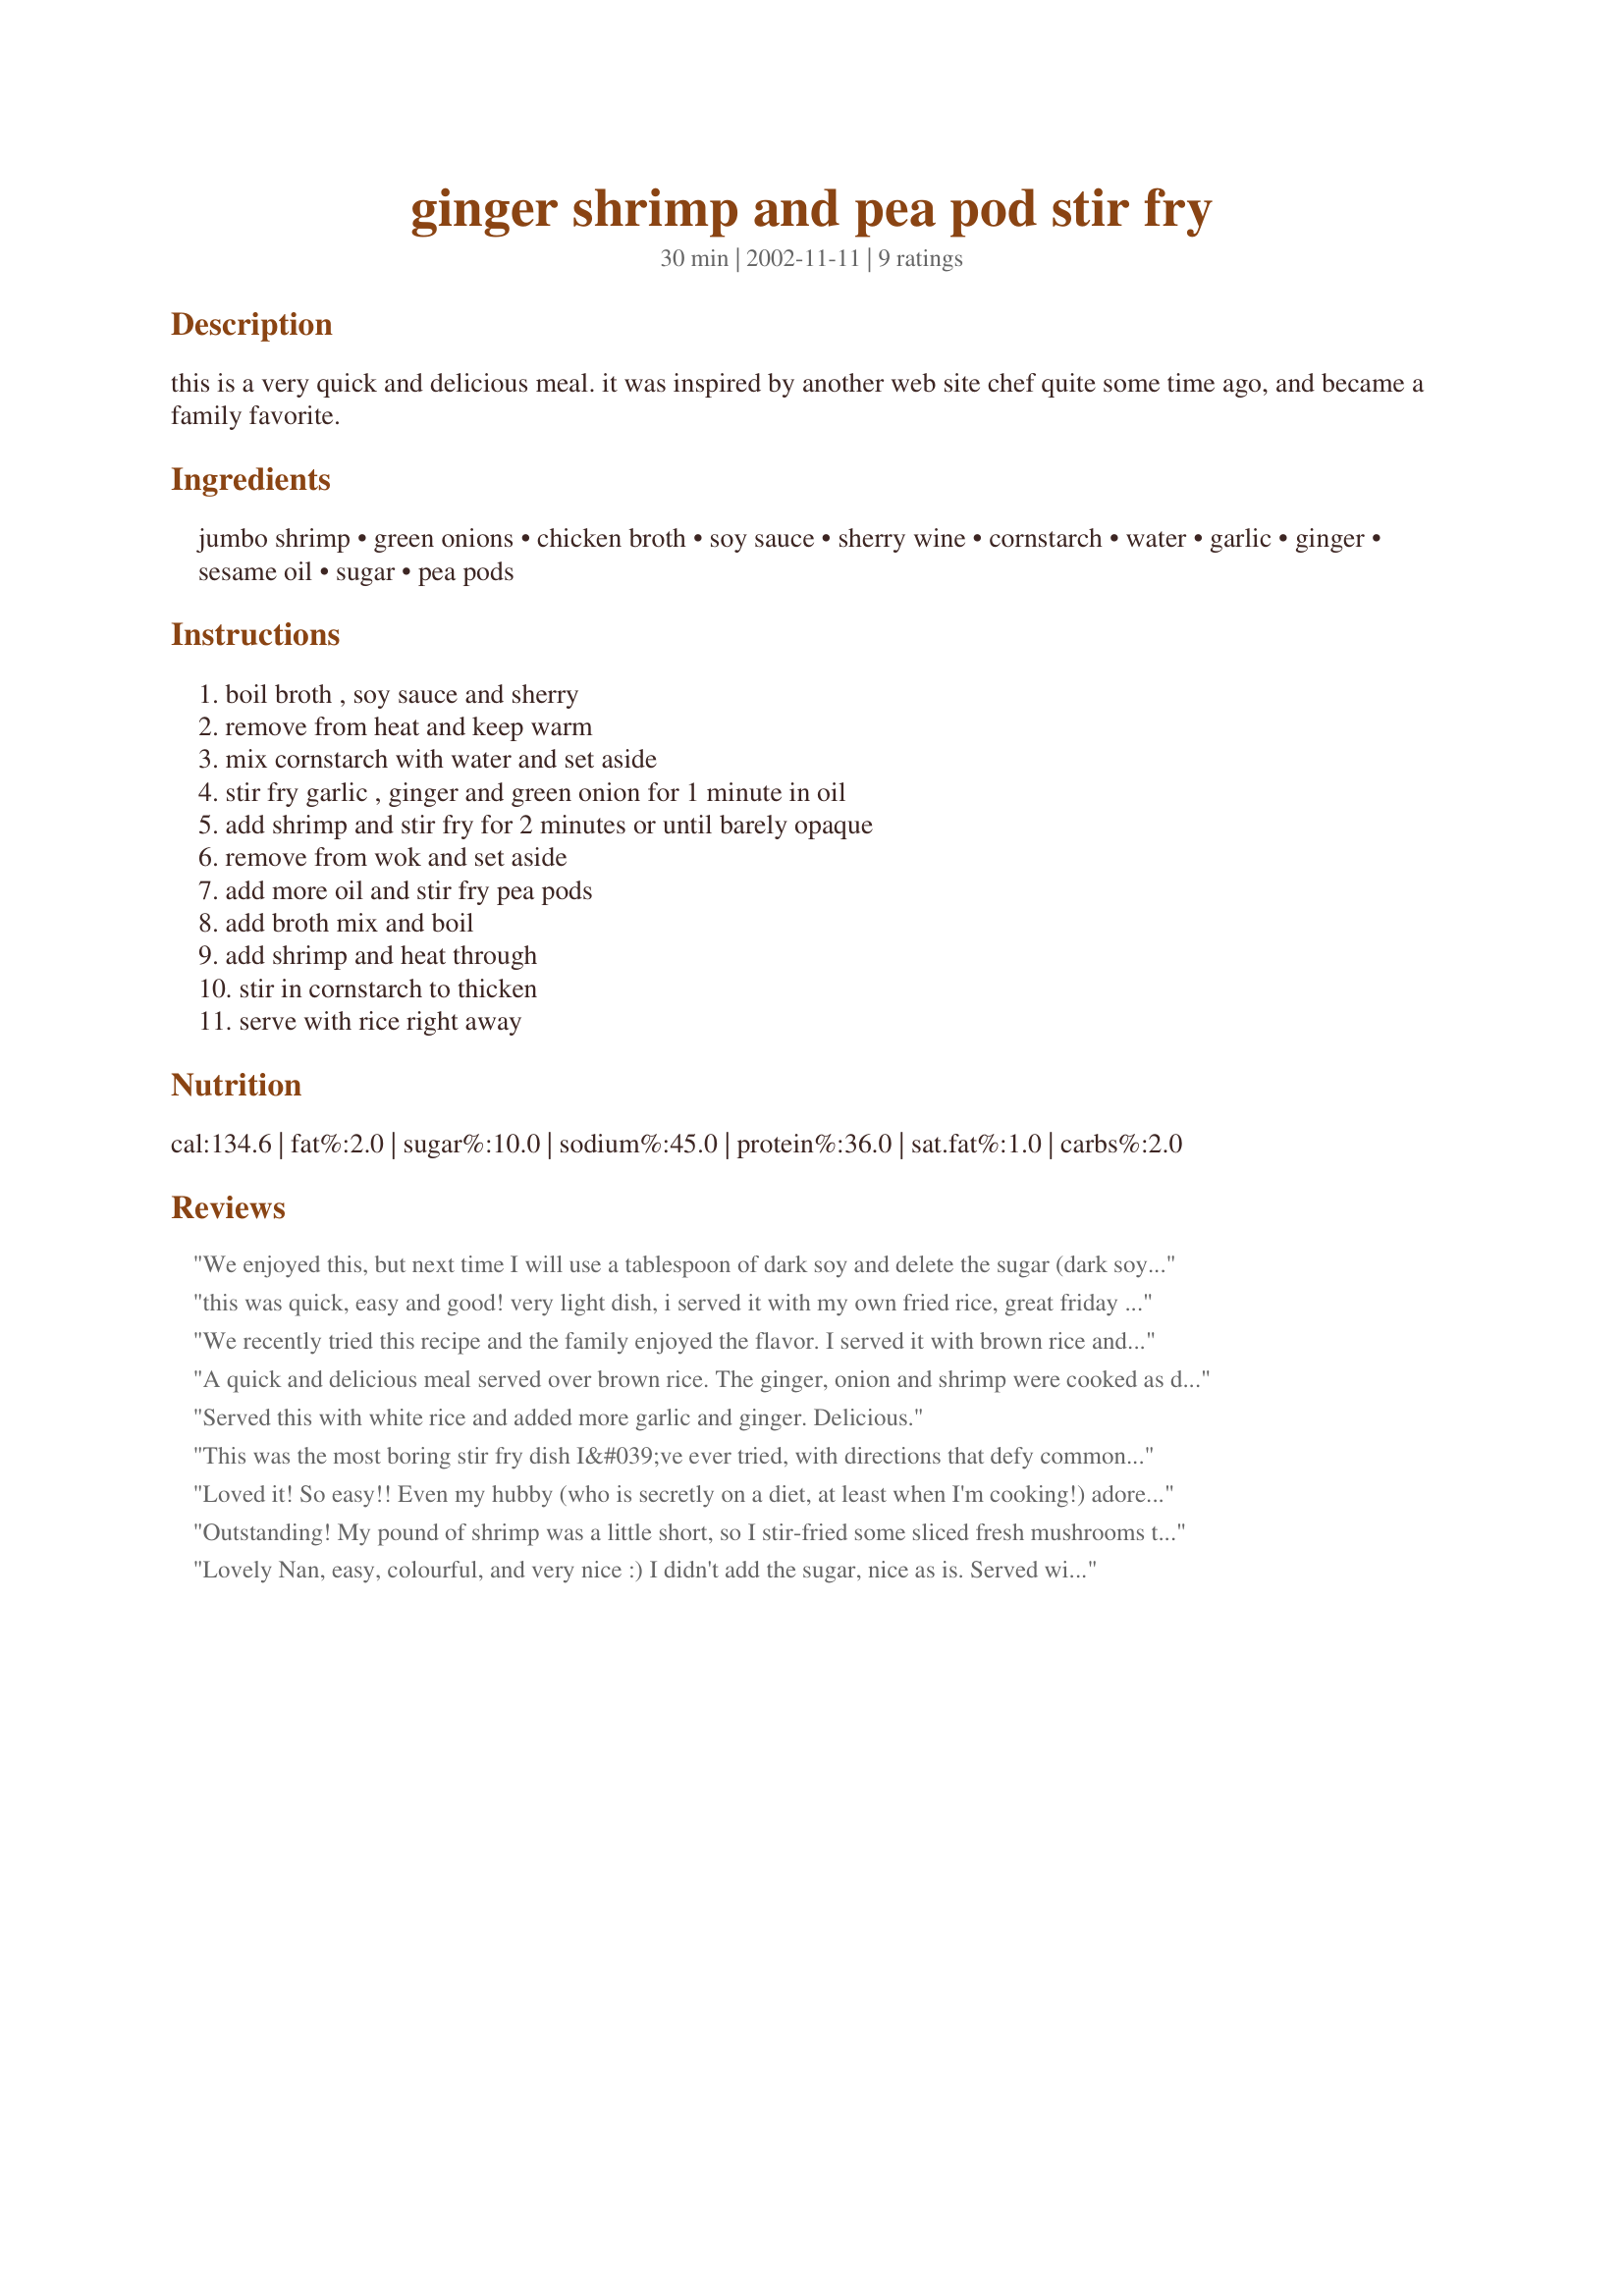
ginger shrimp and pea pod stir fry
Preparation time: 30 minutes

this is a very quick and delicious meal. it was inspired by another web site chef quite some time ago, and became a family favorite.

Ingredients:
jumbo shrimp, green onions, chicken broth, soy sauce, sherry wine, cornstarch, water, garlic, ginger, sesame oil, sugar, pea pods

Steps:
boil broth , soy sauce and sherry, remove from heat and keep warm, mix cornstarch with water and set aside, stir fry garlic , ginger and green onion for 1 minute in oil, add shrimp and stir fry for 2 minutes or until barely opaque, remove from wok and set aside, add more oil and stir fry pea pods, add broth mix and boil, add shrimp and heat through, stir in cornstarch to thicken, serve with rice right away

Reviews:
We enjoyed this, but next time I will use a tablespoon of dark soy and delete the sugar (dark soy has sugar in it) I think this will give it just the bit more flavour we crave. I used a bit more ginger & garlic, but it still wasn't quite enough for us. I heated tje broth soy mixture in the micro. Stir fried the prawns for a minute, then added the veg, and stir fried together, one less step, I also had some leftover bean sprouts which I added. Good everyday dinner.
this was quick, easy and good! very light dish, i served it with my own fried rice, great friday night dinner
We recently tried this recipe and the family enjoyed the flavor. I served it with brown rice and it made for a nice meal. I think in the future I'll try a few shortcuts as others have suggested, sounds easier and with fewer dishes than to keep removing items from the pan.
A quick and delicious meal served over brown rice. The ginger, onion and shrimp were cooked as directed. Once done the shrimp were removed from the pan and the chicken stock brought to a boil and then removed. The pea pods were sugar snap peas as that is what I had on hand. I find sesame oil a little strong by itself. A touch of sesame oil was used in conjunction with olive oil. Made for ZWT 8.
Served this with white rice and added more garlic and ginger. Delicious.
This was the most boring stir fry dish I&#039;ve ever tried, with directions that defy common sense. One should not use sesame oil for the frying medium - a small amount for flavor, perhaps, but peanut oil would be the preferred oil for stir-frying. Way too much water/cornstarch to thicken the sauce. A much smaller amount would have done the trick. I minced the garlic &amp; ginger, adding more than called for, added a bit of chili sauce, and used mushroom soy for depth of flavor. Still, the dish lacked a distinctive flavor and was swimming in way too much sauce. Would never make it again.
Loved it! So easy!! Even my hubby (who is secretly on a diet, at least when I'm cooking!) adored it! Next time I'll pump up the flavor with a little more ginger and garlic, but it was delicious as it was!
Outstanding! My pound of shrimp was a little short, so I stir-fried some sliced fresh mushrooms to compensate--that added nicely! I have a hard time getting snow peas stir-fried to my satisfaction (done enough but still crunchy) so after stringing them, I put them in a colander and blanch them by pouring a teakettle of boiling water over them, slowly. I did not boil the liquids but simply combined the broth, soy sauce and sherry, and added the cornstarch dissolved in the water. Set that aside. Doubling all, I minced the garlic and ginger and chopped the scallions. I briefly fried them together in a tablespoon of peanut oil, then added the mushrooms for a couple of minutes. Then added the shrimp and after a couple of minutes, added the blanched peapods. When all was done to my satisfaction, I pushed the food to the sides of the wok, stirred up the sauce ingredients again and added the liquid to the middle, whisking until thickened and translucent. Stirred in the shrimp and vegetables and served over white rice. Yum. Next time I might add another half-tablespoon of cornstarch since the sauce was a bit thin.
Lovely Nan, easy, colourful, and very nice :) I didn't add the sugar, nice as is. Served with rice, a quick easy and very good dinner, thanks!!! Made for ZWT 8, The Lively Lemon Lovelies :)
